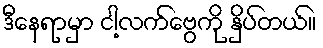
ဒီနေရာမှာ ငါ့လက်ဗွေကို နှိပ်တယ်။